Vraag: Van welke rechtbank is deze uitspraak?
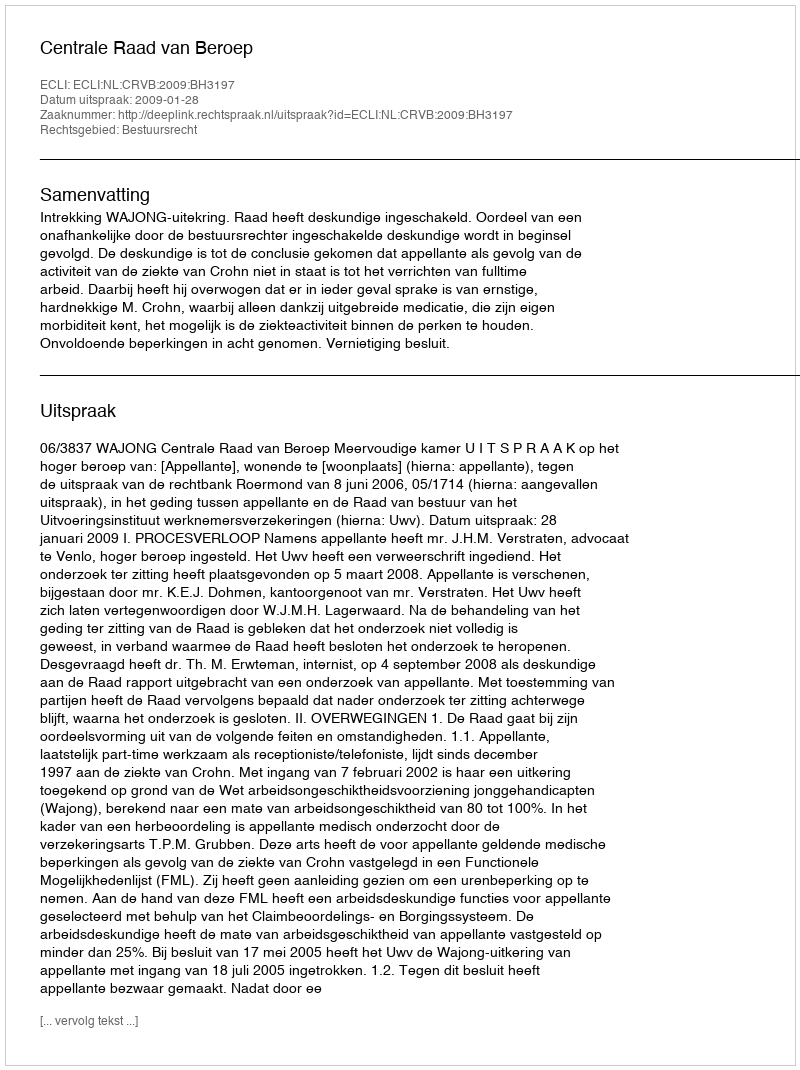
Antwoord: Centrale Raad van Beroep